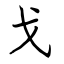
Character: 戈